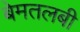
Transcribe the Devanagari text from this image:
बेमतलबी